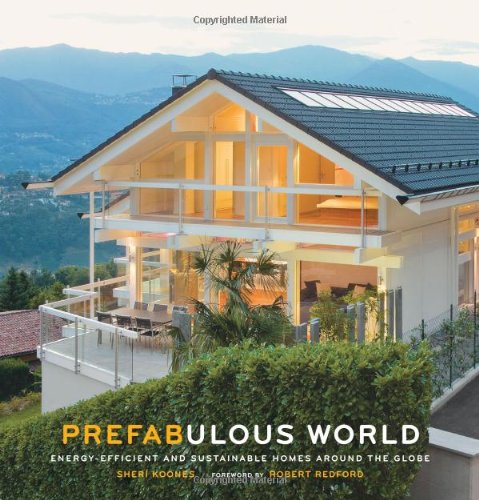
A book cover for Prefabulous World: Energy-Efficient and Sustainable Homes Around the Globe; Sheri Koones; Crafts, Hobbies & Home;